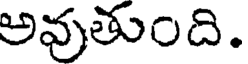
అవుతుంది.